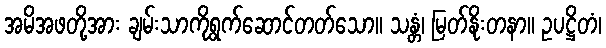
အမိအဖတို့အား ချမ်းသာကိုရွက်ဆောင်တတ်သော။ သန္တံ၊ မြတ်နိုးတနာ။ ဥပဋ္ဌိတံ၊